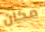
مكان